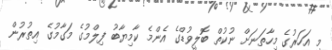
މި އަހަރުގެ މިހާތަނަށް ނުކުތް ބޮލީވުޑްގެ އެންމެ ކާމިޔާބު ފިލްމުގެ މަގާމުގެ އިތުރުން